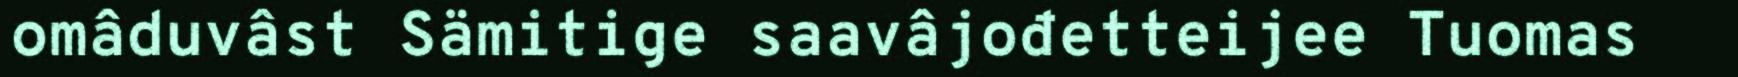
omâduvâst Sämitige saavâjođetteijee Tuomas